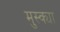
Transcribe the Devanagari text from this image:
मुस्क्या